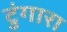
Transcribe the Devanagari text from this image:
टुंगारा